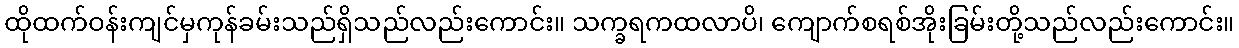
ထိုထက်ဝန်းကျင်မှကုန်ခမ်းသည်ရှိသည်လည်းကောင်း။ သက္ခရကထလာပိ၊ ကျောက်စရစ်အိုးခြမ်းတို့သည်လည်းကောင်း။